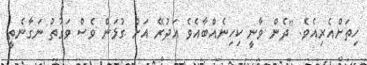
ހިތަށްއެރިއެވެ. "ދެން ވާނީ ކިހިނެއްބާއެވެ އަދުރޭ އަށް ގުޅަން ވެސް ވަގުތު ނަގާނެތީ